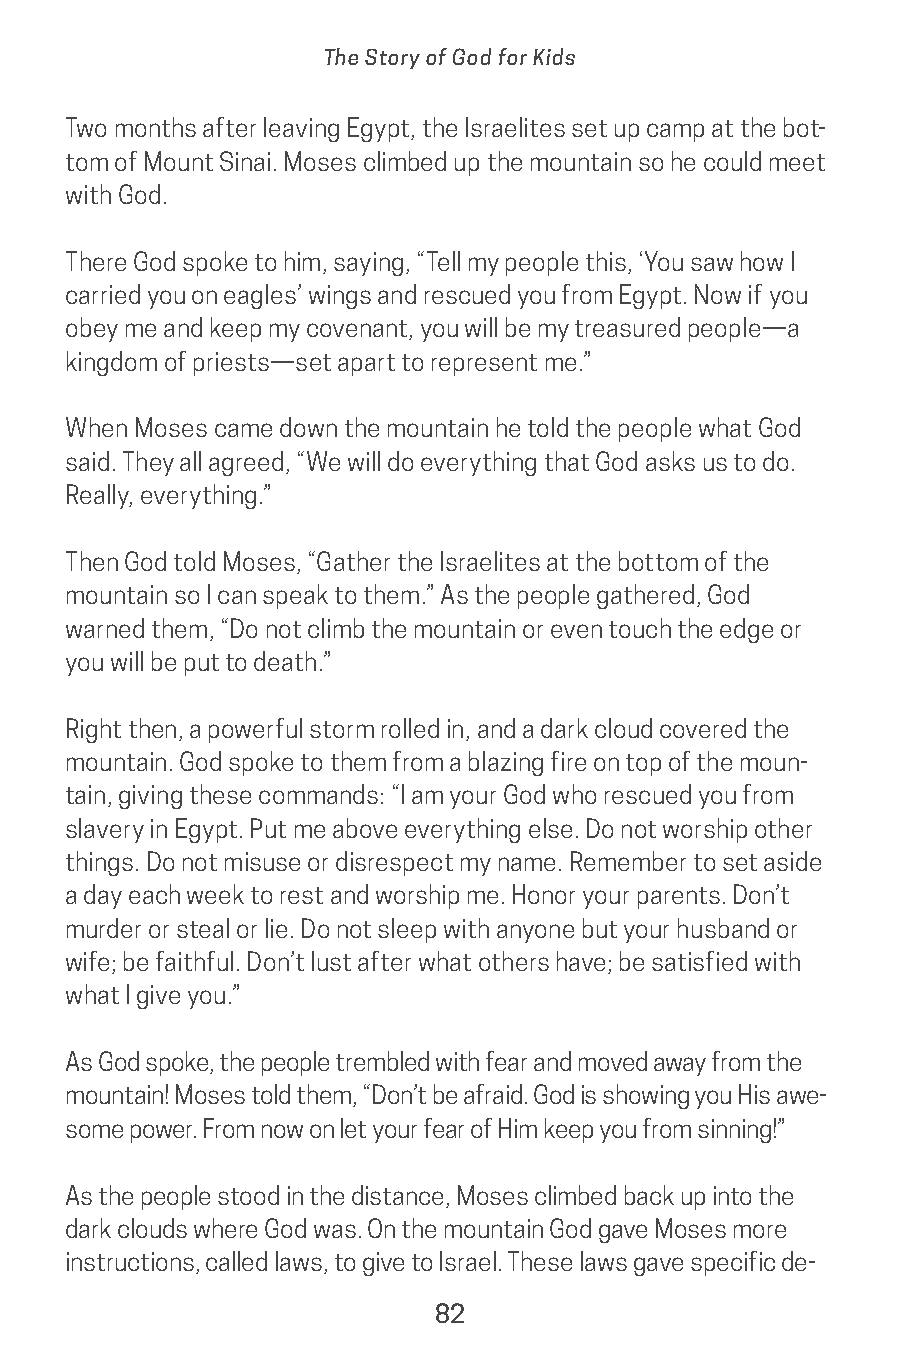
The Story of God for Kids
 Two months after leaving Egypt, the Israelites set up camp at the bot-
 tom of Mount Sinai. Moses climbed up the mountain so he could meet
 with God.
 There God spoke to him, saying, “Tell my people this, ‘You saw how I
 carried you on eagles’ wings and rescued you from Egypt. Now if you
 obey me and keep my covenant, you will be my treasured people—a
 kingdom of priests—set apart to represent me.”
 When Moses came down the mountain he told the people what God
 said. They all agreed, “We will do everything that God asks us to do.
 Really, everything.”
 Then God told Moses, “Gather the Israelites at the bottom of the
 mountain so I can speak to them.” As the people gathered, God
 warned them, “Do not climb the mountain or even touch the edge or
 you will be put to death.”
 Right then, a powerful storm rolled in, and a dark cloud covered the
 mountain. God spoke to them from a blazing fire on top of the moun-
 tain, giving these commands: “I am your God who rescued you from
 slavery in Egypt. Put me above everything else. Do not worship other
 things. Do not misuse or disrespect my name. Remember to set aside
 a day each week to rest and worship me. Honor your parents. Don’t
 murder or steal or lie. Do not sleep with anyone but your husband or
 wife; be faithful. Don’t lust after what others have; be satisfied with
 what I give you.”
 As God spoke, the people trembled with fear and moved away from the
 mountain! Moses told them, “Don’t be afraid. God is showing you His awe-
 some power. From now on let your fear of Him keep you from sinning!”
 As the people stood in the distance, Moses climbed back up into the
 dark clouds where God was. On the mountain God gave Moses more
 instructions, called laws, to give to Israel. These laws gave specific de-
 82
 saturate-story_of_god_kids-2.indd 82              8/10/17 10:11 PM